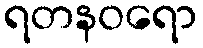
ရတနဝရော